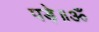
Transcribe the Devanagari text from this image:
पड़े॥ॐ